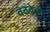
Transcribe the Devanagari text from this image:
वठवेली